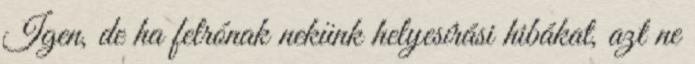
Igen, de ha felrónak nekünk helyesí­rási hibákat, azt ne